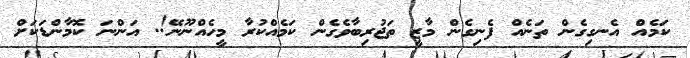
ކަމެއް އެނގިގެން ތަނެއް ފެނިގެން މާޒީ ތަޖުރިބާވެގެން ކަމެއްކުރާ މީހެއްނޫނޭ!. އަންނަ ކޮމާންޑަކަށް